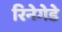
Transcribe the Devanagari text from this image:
रिनेगेडे